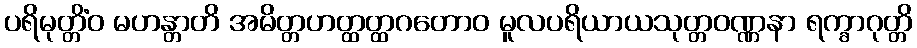
ပရိမုတ္တိံဝ မဟန္တာတိ အမိတ္တဟတ္ထတ္ထဂတောဝ မူလပရိယာယသုတ္တဝဏ္ဏနာ ရက္ခာဂုတ္တိ